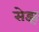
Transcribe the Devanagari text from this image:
सेझ